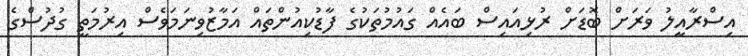
އިސްރާއީލު ވަރަށް ބޮޑަށް ރުޅިއައިސް ބައެއް ގައުމުތަކުގެ ފާޑުކިއުންތައް އަމާޒުވިނަމަވެސް އިރުމަތީ ގުދުސްގެ